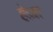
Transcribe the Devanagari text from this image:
हेज़ा